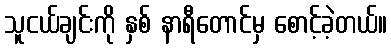
သူငယ်ချင်းကို နှစ် နာရီတောင်မှ စောင့်ခဲ့တယ်။